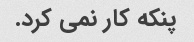
پنکه کار نمی کرد.